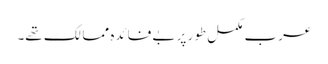
عرب مکمل طور پر بے فائدہ ممالک تھے۔